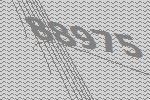
88975